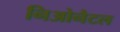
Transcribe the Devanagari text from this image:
निओनैटल